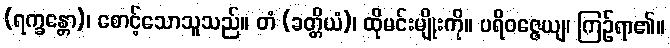
(ရက္ခန္တော)၊ စောင့်သောသူသည်။ တံ (ခတ္တိယံ)၊ ထိုမင်းမျိုးကို။ ပရိဝဇ္ဇေယျ၊ ကြဉ်ရာ၏။